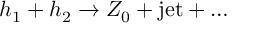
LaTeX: h _ { 1 } + h _ { 2 } \to Z _ { 0 } + \mathrm { j e t } + \ldots